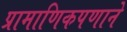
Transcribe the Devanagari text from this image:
प्रामाणिकपणाने